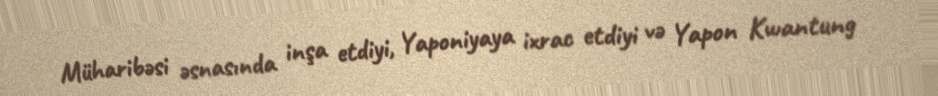
Müharibəsi əsnasında inşa etdiyi, Yaponiyaya ixrac etdiyi və Yapon Kwantung